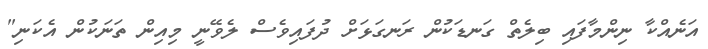
އަނެއްކާ ނިންމާފައި ބިލެތް ގަނޑަކުން ރަނގަޅަށް ދުފައިވެސް ލެވޭނީ މިއިން ތަނަކުން އެކަނި"